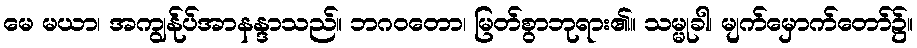
မေ မယာ၊ အကျွန်ုပ်အာနန္ဒာသည်။ ဘဂဝတော၊ မြတ်စွာဘုရား၏။ သမ္မုခါ၊ မျက်မှောက်တော်၌။